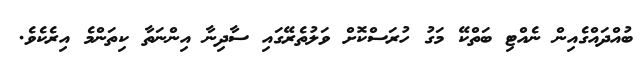
ބުއްދައްގެއިން ނެއްޓި ބަތްކޭ މަގު ހުރަސްކޮށް ވަލުތެރޭގައި ސާދިނާ އިންނަތާ ކިތަންމެ އިރެކެވެ.